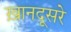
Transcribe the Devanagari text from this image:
ख़ानदूसरे